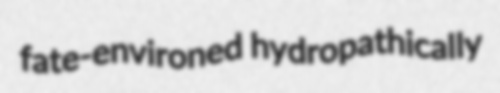
fate-environed hydropathically